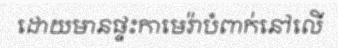
ដោយមានផ្ទះកាមេរ៉ាបំពាក់នៅលើ